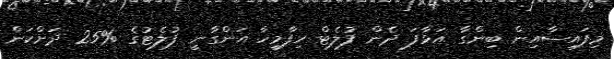
މިފައިސާއިން ބިންގާ އަޅާފަ ދެން ފުލެޓް ހިފާމީހާ އަންގާނީ ފުލެޓުގެ %25 ދަށްކަން